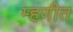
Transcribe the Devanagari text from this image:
म्हणीत